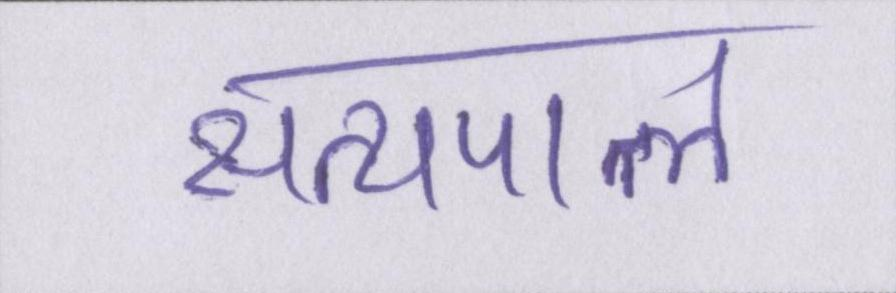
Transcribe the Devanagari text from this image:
सत्यपाल